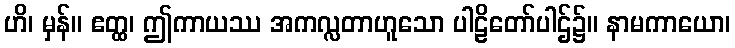
ဟိ၊ မှန်။ ဧတ္ထ၊ ဤကာယဿ အကလ္လတာဟူသော ပါဠိတော်ပါဌ်၌။ နာမကာယော၊